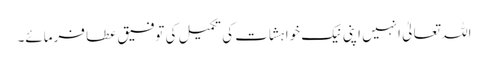
اللہ تعالیٰ انہیں اپنی نیک خواہشات کی تکمیل کی توفیق عطا فرمائے۔